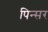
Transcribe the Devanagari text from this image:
पिन्सर